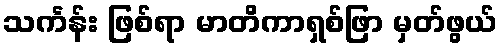
သင်္ကန်း ဖြစ်ရာ မာတိကာရှစ်ဖြာ မှတ်ဖွယ်